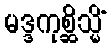
မဒ္ဒကုစ္ဆိသ္မိံ